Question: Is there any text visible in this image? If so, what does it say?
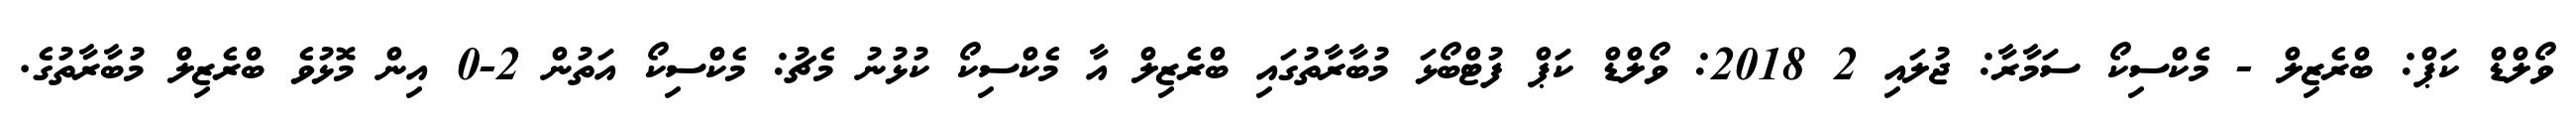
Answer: ވޯލްޑް ކަޕް: ބްރެޒިލް - މެކްސިކޯ ސަމާރާ: ޖުލައި 2 2018: ވޯލްޑް ކަޕް ފުޓްބޯޅަ މުބާރާތުގައި ބްރެޒިލް އާ މެކްސިކޯ ކުޅުނު މެޗު: މެކްސިކޯ އަތުން 2-0 އިން މޮޅުވެ ބްރެޒިލް މުބާރާތުގެ.